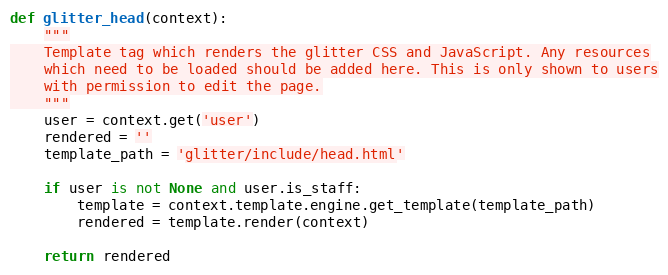
Language: Python
def glitter_head(context):
    """
    Template tag which renders the glitter CSS and JavaScript. Any resources
    which need to be loaded should be added here. This is only shown to users
    with permission to edit the page.
    """
    user = context.get('user')
    rendered = ''
    template_path = 'glitter/include/head.html'

    if user is not None and user.is_staff:
        template = context.template.engine.get_template(template_path)
        rendered = template.render(context)

    return rendered